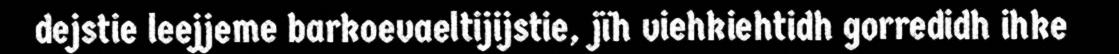
dejstie leejjeme barkoevaeltijijstie, jïh viehkiehtidh gorredidh ihke